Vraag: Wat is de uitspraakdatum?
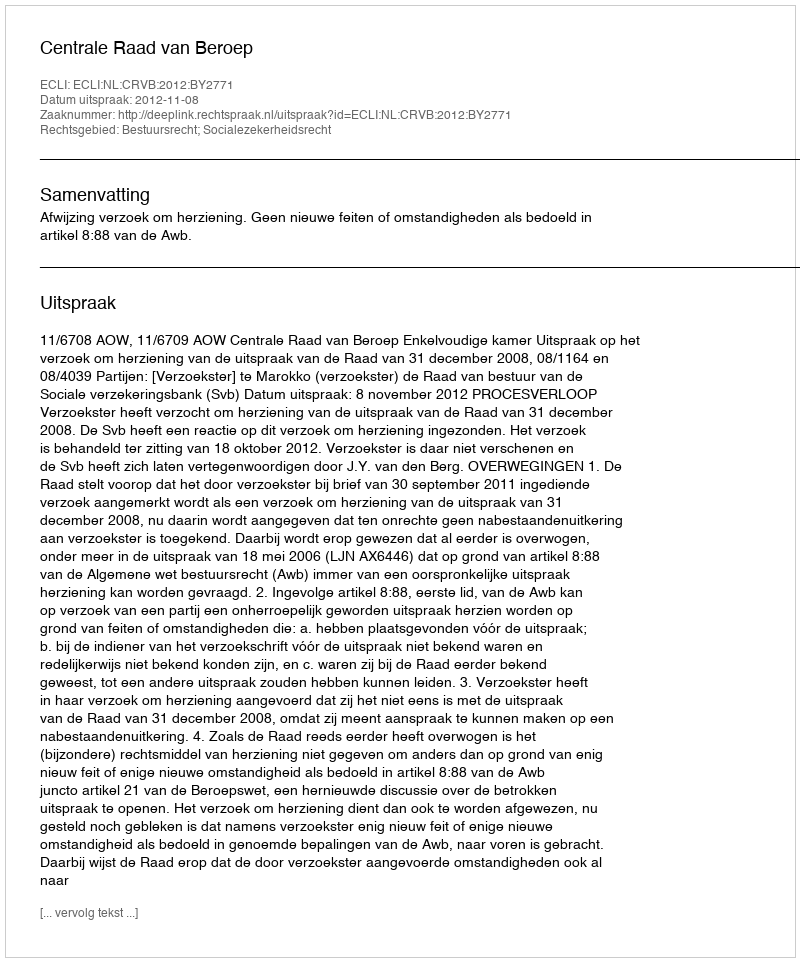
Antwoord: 2012-11-08